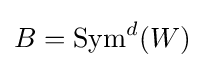
B=\operatorname {Sym} ^{d}(W)